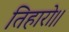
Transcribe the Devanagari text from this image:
तिहारो।।